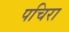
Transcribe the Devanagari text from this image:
पचिरा